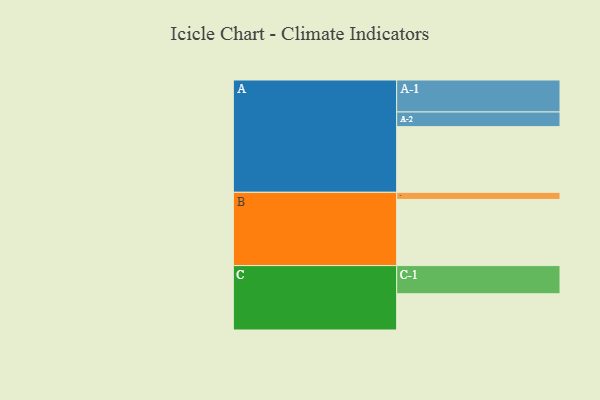
{"axis": {"x": "Segment", "y": "Value"}, "legend": ["", "A", "B", "C"], "data": [{"x": "A", "y": 569, "type": ""}, {"x": "B", "y": 573, "type": ""}, {"x": "C", "y": 314, "type": ""}, {"x": "A-1", "y": 277, "type": "A"}, {"x": "A-2", "y": 127, "type": "A"}, {"x": "B-1", "y": 62, "type": "B"}, {"x": "C-1", "y": 244, "type": "C"}]}